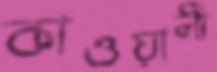
কাওয়ালী